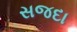
સજદા